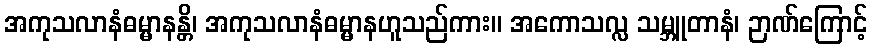
အကုသလာနံဓမ္မာနန္တိ၊ အကုသလာနံဓမ္မာနဟူသည်ကား။ အကောသလ္လ သမ္ဘူတာနံ၊ ဉာဏ်ကြောင့်